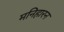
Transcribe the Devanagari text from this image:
मनिहारन